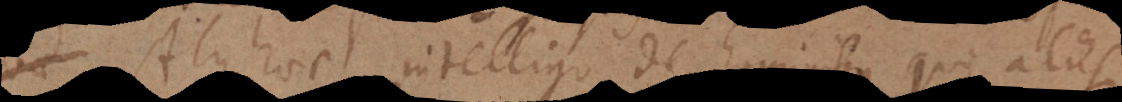
Atque haec intelligo de hominibus qui aliis